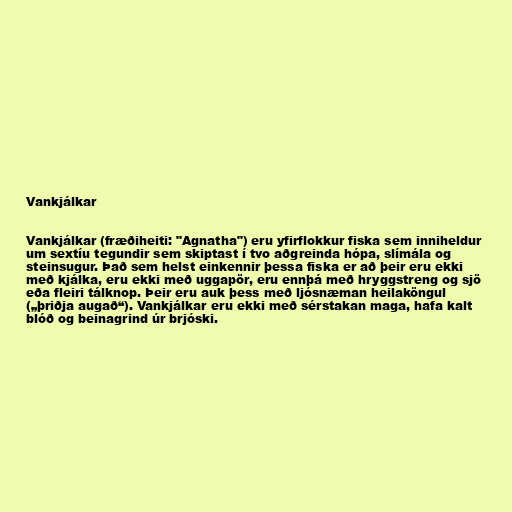
Vankjálkar

Vankjálkar (fræðiheiti: "Agnatha") eru yfirflokkur fiska sem inniheldur
um sextíu tegundir sem skiptast í tvo aðgreinda hópa, slímála og
steinsugur. Það sem helst einkennir þessa fiska er að þeir eru ekki
með kjálka, eru ekki með uggapör, eru ennþá með hryggstreng og sjö
eða fleiri tálknop. Þeir eru auk þess með ljósnæman heilaköngul
(„þriðja augað“). Vankjálkar eru ekki með sérstakan maga, hafa kalt
blóð og beinagrind úr brjóski.